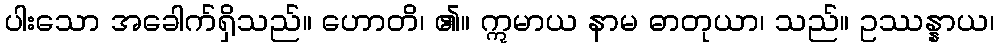
ပါးသော အခေါက်ရှိသည်။ ဟောတိ၊ ၏။ ဣမာယ နာမ ဓာတုယာ၊ သည်။ ဥဿန္နာယ၊